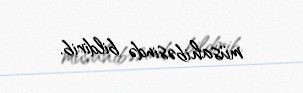
müsahibəsində bildirib.